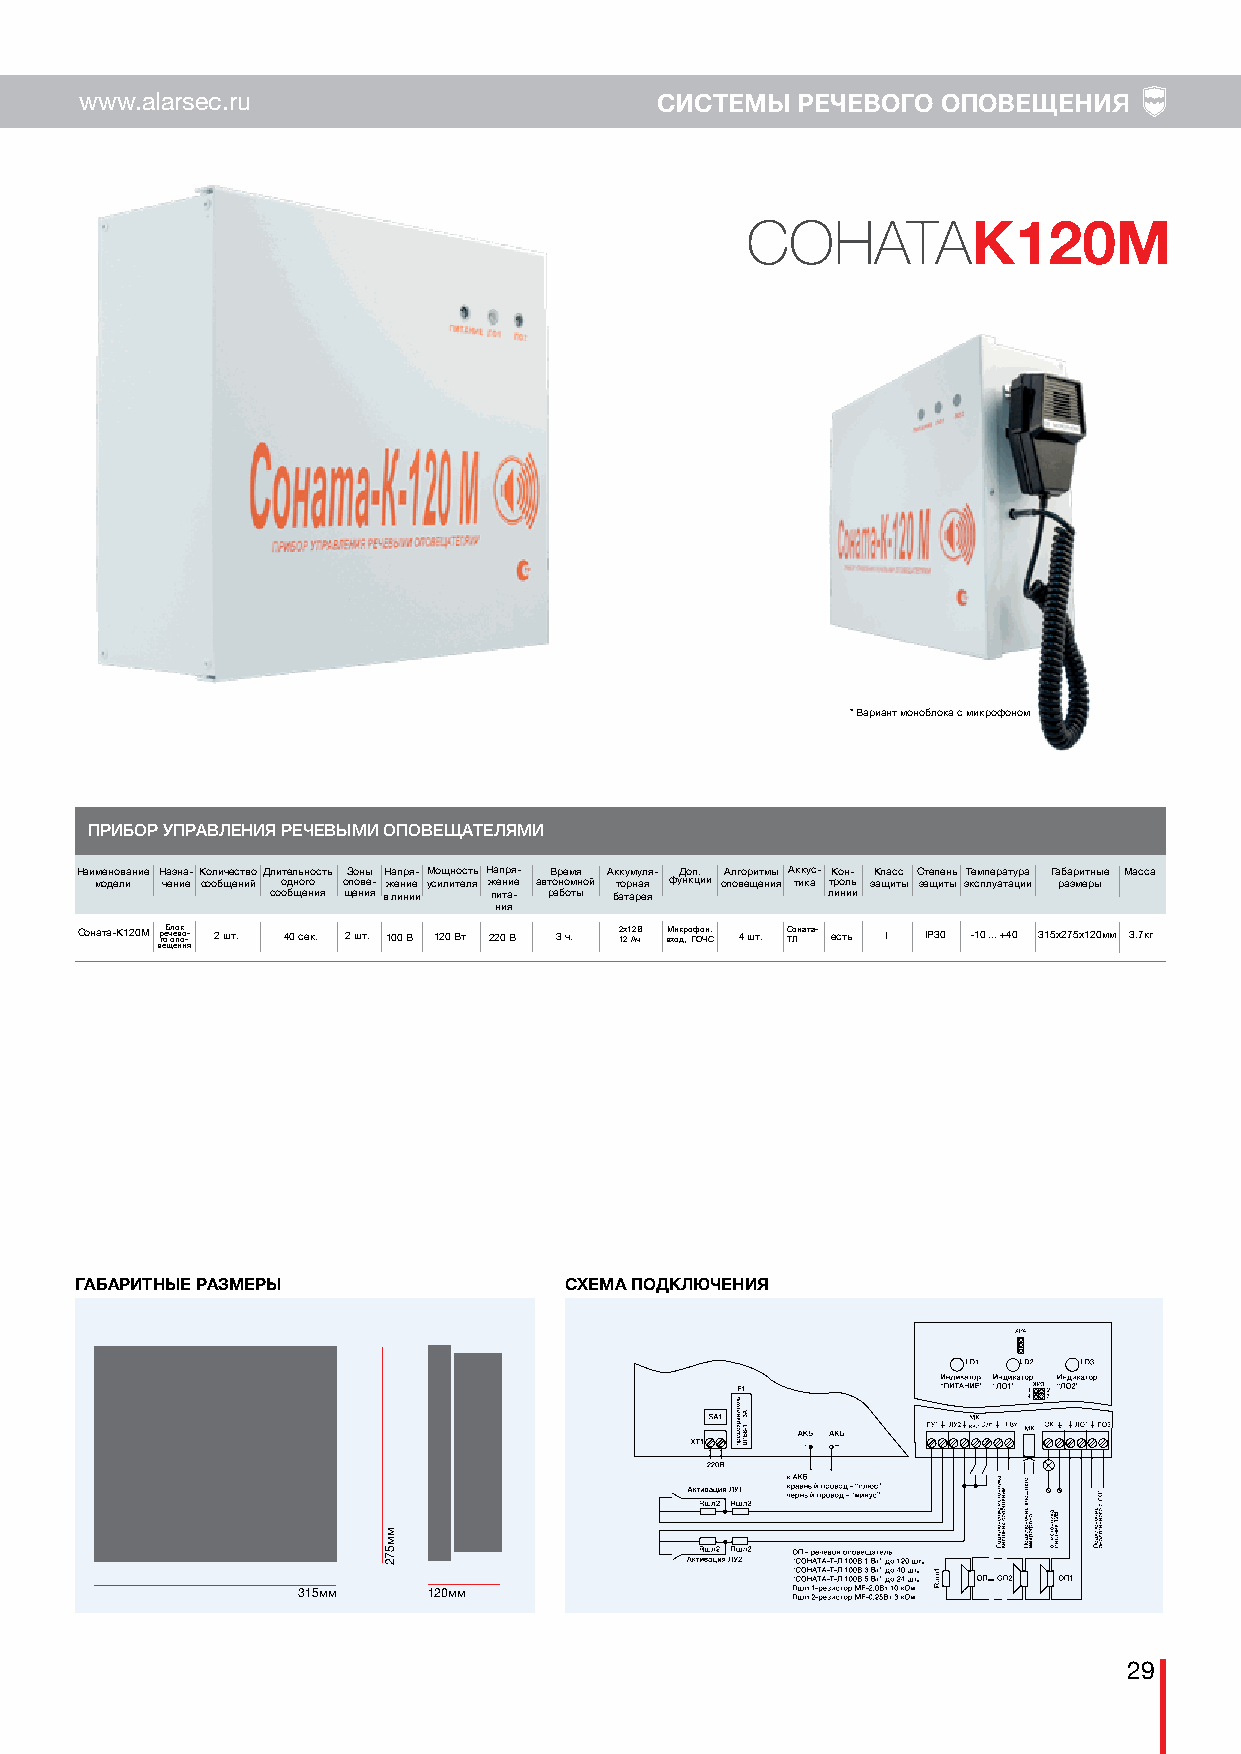
www.alarsec.ru                        СИСТЕМЫ   РЕЧЕВОГО ОПОВЕЩЕНИЯ
 СОНАТА
 К120М
 * Вариант моноблока с микрофоном
 ПРИБОР УПРАВЛЕНИЯ РЕЧЕВЫМИ ОПОВЕЩАТЕЛЯМИ
 Наименование Назна- КоличествоДлительность Зоны Напря- Мощность Напря- Время Аккумуля- Доп. Алгоритмы Аккус- Кон- Класс Степень Температура Габаритные Масса
 модели чение сообщений одного опове- жение усилителя жение автономной торная функции оповещения тика троль защиты защиты эксплуатации размеры
 сообщения щения в линии пита- работы батарея линии
 ния
 Соната-К120М вргеоеБ щч л ое ео пв нк оо и--
 я
 2 шт. 40 сек. 2 шт. 100 В 120 Вт 220 В 3 ч. 2 1х 21 А2 чВ вМ хои дкр , о Гф Оо Чн С. 4 шт. С ТЛоната- есть I IP30 -10 ... +40 315х275х120мм 3.7кг
 ГАБАРИТНЫЕ РАЗМЕРЫ              СХЕМА ПОДКЛЮЧЕНИЯ
 315мм   120мм
 29
 мм572